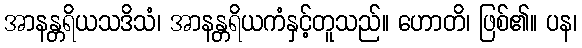
အာနန္တရိယသဒိသံ၊ အာနန္တရိယကံနှင့်တူသည်။ ဟောတိ၊ ဖြစ်၏။ ပန၊